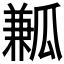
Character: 𤬓